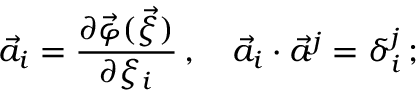
\vec { a } _ { i } = \frac { \partial \vec { \varphi } ( \vec { \xi } ) } { \partial \xi _ { i } } \, , \quad \vec { a } _ { i } \cdot \vec { a } ^ { j } = \delta _ { i } ^ { j } \, ;